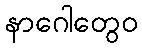
နာဂေါတွေဝ